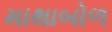
માથાબોળ